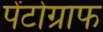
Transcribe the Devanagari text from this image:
पेंटोग्राफ